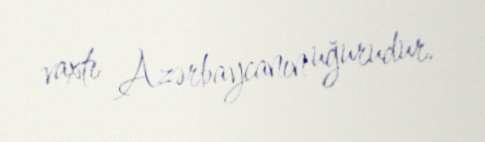
vaxtı Azərbaycanın uğurudur.